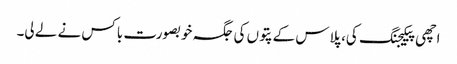
اچھی پیکیجنگ کی، پلاس کے پتوں کی جگہ خوبصورت باکس نے لے لی۔